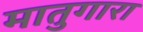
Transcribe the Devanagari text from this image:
मातुगारा